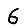
Digit: 6